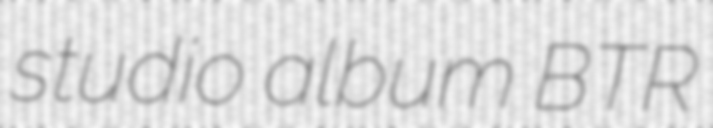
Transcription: studio album BTR